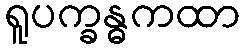
ရူပက္ခန္ဓကထာ